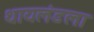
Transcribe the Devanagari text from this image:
थायलंडला